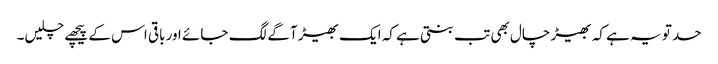
حد تو یہ ہے کہ بھیڑ چال بھی تب بنتی ہے کہ ایک بھیڑ آگے لگ جائے اور باقی اس کے پیچھے چلیں۔